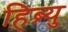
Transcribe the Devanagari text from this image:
हिब्र्यु